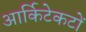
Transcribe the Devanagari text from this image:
आर्किटेकटों